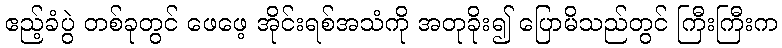
ဧည့်ခံပွဲ တစ်ခုတွင် ဖေဖေ့ အိုင်းရစ်အသံကို အတုခိုး၍ ပြောမိသည်တွင် ကြီးကြီးက